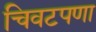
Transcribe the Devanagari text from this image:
चिवटपणा